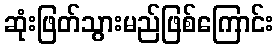
ဆုံးဖြတ်သွားမည်ဖြစ်ကြောင်း